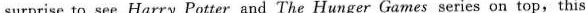
surprise to see Harry Potter and The Hunger Games series on top,this